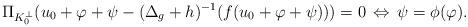
LaTeX: \begin{align*}\Pi_{K_0^\perp}(u_0+\varphi+\psi-(\Delta_g+h)^{-1}(f(u_0+\varphi+\psi)))=0\,\Leftrightarrow \, \psi=\phi(\varphi).\end{align*}